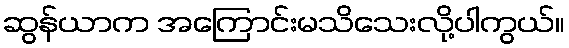
ဆွန်ယာက အကြောင်းမသိသေးလို့ပါကွယ်။